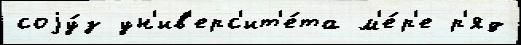
соjу́з ун'ив'ерс'ит'е́та м'е́р'е р'яд